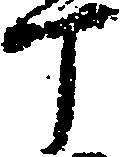
丁